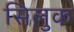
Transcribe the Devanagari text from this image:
सिलुक